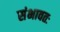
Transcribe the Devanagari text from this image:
संभावतः